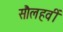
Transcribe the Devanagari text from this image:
सौलहवीं